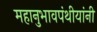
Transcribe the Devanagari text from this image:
महानुभावपंथीयांनी